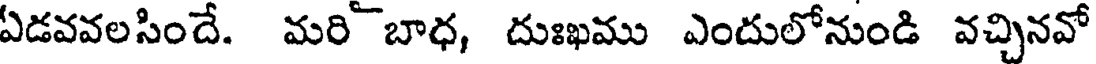
ఏడవవలసిందే. మరి బాధ, దుఃఖము ఎందులోనుండి వచ్చినవో